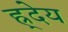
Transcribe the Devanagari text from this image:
ह्र्देय